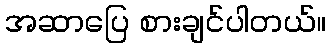
အဆာပြေ စားချင်ပါတယ်။